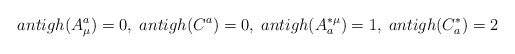
\begin{align*}antigh(A^a_\mu) = 0, \; antigh(C^a) = 0, \; antigh(A^{* \mu}_a) = 1, \;antigh(C^{*}_a) = 2\end{align*}